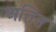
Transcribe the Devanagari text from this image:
अतित